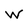
Character: w